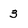
Character: 3